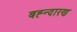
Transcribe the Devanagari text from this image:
बह्न्दारण